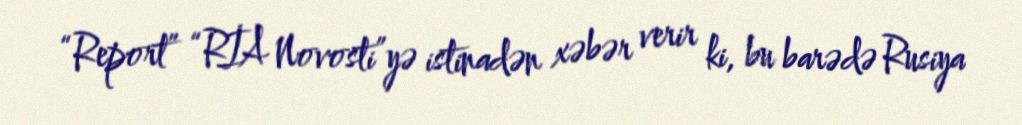
“Report” “RİA Novosti”yə istinadən xəbər verir ki, bu barədə Rusiya